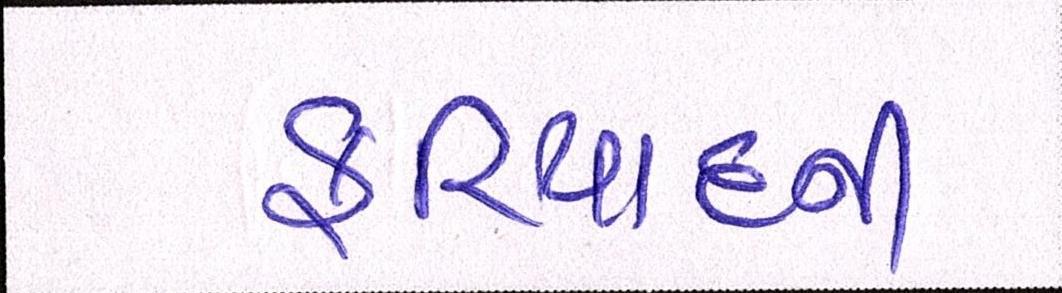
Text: ફરિયાદની